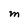
Character: M